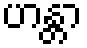
ဟန္တာ